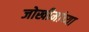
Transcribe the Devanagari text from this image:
जोखीमांच्या